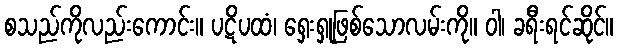
စသည်ကိုလည်းကောင်း။ ပဋိပထံ၊ ရှေးရှုဖြစ်သောလမ်းကို။ ဝါ၊ ခရီးရင်ဆိုင်။